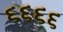
૬૬૬૬